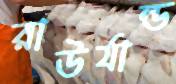
রাউর্যান্ড